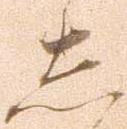
し